Vaccination in Bombay 1889-1901 - 1889-1901
Year: 1889
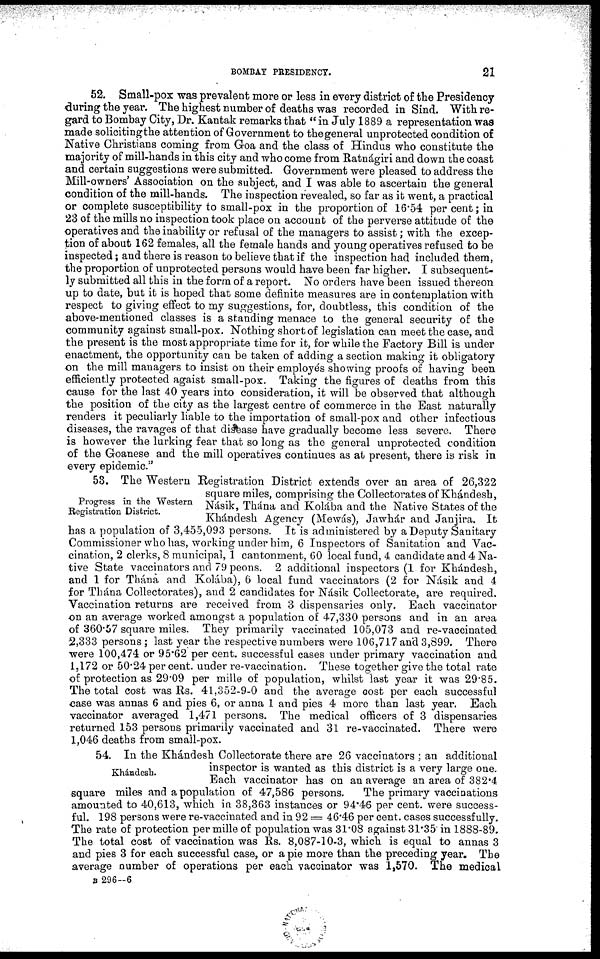
BOMBAY PRESIDENCY.
21
52. Small-pox was prevalent more or less in every district of the Presidency
during the year. The highest number of deaths was recorded in Sind. With re-
gard to Bombay City, Dr. Kantak remarks that " in July 1889 a representation was
made soliciting the attention of Government to the general unprotected condition of
Native Christians coming from Goa and the class of Hindus who constitute the
majority of mill-hands in this city and who come from Ratnágiri and down the coast
and certain suggestions were submitted. Government were pleased to address the
Mill-owners' Association on the subject, and I was able to ascertain the general
condition of the mill-hands. The inspection revealed, so far as it went, a practical
or complete susceptibility to small-pox in the proportion of 16.54 per cent; in
23 of the mills no inspection took place on account of the perverse attitude of the
operatives and the inability or refusal of the managers to assist; with the excep-
tion of about 162 females, all the female hands and young operatives refused to be
inspected; and there is reason to believe that if the inspection had included them,
the proportion of unprotected persons would have been far higher. I subsequent-
ly submitted all this in the form of a report. No orders have been issued thereon
up to date, but it is hoped that some definite measures are in contemplation with
respect to giving effect to my suggestions, for, doubtless, this condition of the
above-mentioned classes is a standing menace to the general security of the
community against small-pox. Nothing short of legislation can meet the case, and
the present is the most appropriate time for it, for while the Factory Bill is under
enactment, the opportunity can be taken of adding a section making it obligatory
on the mill managers to insist on their employés showing proofs of having been
efficiently protected agaist small-pox. Taking the figures of deaths from this
cause for the last 40 years into consideration, it will be observed that although
the position of the city as the largest centre of commerce in the East naturally
renders it peculiarly liable to the importation of small-pox and other infectious
diseases, the ravages of that disease have gradually become less severe. There
is however the lurking fear that so long as the general unprotected condition
of the Goanese and the mill operatives continues as at present, there is risk in
every epidemic."
Progress in the Western
Registration District.
53. The Western Registration District extends over an area of 26,322
square miles, comprising the Collectorates of Khándesh,
Násik, Thána and Kolába and the Native States of the
Khándesh Agency (Mewás), Jawhár and Janjira. It
has a population of 3,455,093 persons. It is administered by a Deputy Sanitary
Commissioner who has, working under him, 6 Inspectors of Sanitation and Vac-
cination, 2 clerks, 8 municipal, 1 cantonment, 60 local fund, 4 candidate and 4 Na-
tive State vaccinators and 79 peons. 2 additional inspectors (1 for Khándesh,
and 1 for Thána and Kolába), 6 local fund vaccinators (2 for Násik and 4
for Thána Collectorates), and 2 candidates for Násik Collectorate, are required.
Vaccination returns are received from 3 dispensaries only. Each vaccinator
on an average worked amongst a population of 47,330 persons and in an area
of 360.57 square miles. They primarily vaccinated 105,073 and re-vaccinated
2,333 persons ; last year the respective numbers were 106,717 and 3,899. There
were 100,474 or 95.62 per cent. successful cases under primary vaccination and
1,172 or 50.24 per cent. under re-vaccination. These together give the total rate
of protection as 29.09 per mille of population, whilst last year it was 29.85.
The total cost was Rs. 41,352-9-0 and the average cost per each successful
case was annas 6 and pies 6, or anna 1 and pies 4 more than last year. Each
vaccinator averaged 1,471 persons. The medical officers of 3 dispensaries
returned 153 persons primarily vaccinated and 31 re-vaccinated. There were
1,046 deaths from small-pox.
Khándesh.
54. In the Khándesh Collectorate there are 26 vaccinators ; an additional
inspector is wanted as this district is a very large one.
Each vaccinator has on an average an area of 382.4
square miles and a population of 47,586 persons.
The primary vaccinations
amounted to 40,613, which in 38,363 instances or 94.46 per cent. were success-
ful. 198 persons were re-vaccinated and in 92 = 46.46 per cent. cases successfully.
The rate of protection per mille of population was 31.08 against 31.35 in 1888-89.
The total cost of vaccination was Rs. 8,087-10-3, which is equal to annas 3
and pies 3 for each successful case, or a pie more than the preceding year. The
average number of operations per each vaccinator was 1,570. The medical
B 296—6